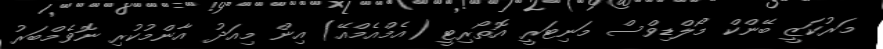
މަރުކަޒީ ބޭންކް މޯލްޑިވްސް މަނިޓަރީ އޮތޯރިޓީ (އެމްއެމްއޭ) އިން މިއަދު އާންމުކުރި ނޮވެމްބަރު